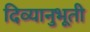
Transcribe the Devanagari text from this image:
दिव्यानुभूती